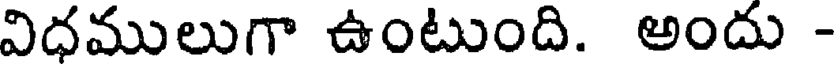
విధములుగా ఉంటుంది. అందు -